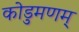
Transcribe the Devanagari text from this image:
कोडुमणम्